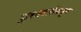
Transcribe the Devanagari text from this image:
कुशावर्ताकडून